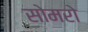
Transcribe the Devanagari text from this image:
सोमरो